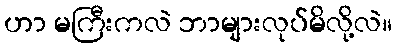
ဟာ မကြီးကလဲ ဘာများလုပ်မိလို့လဲ။